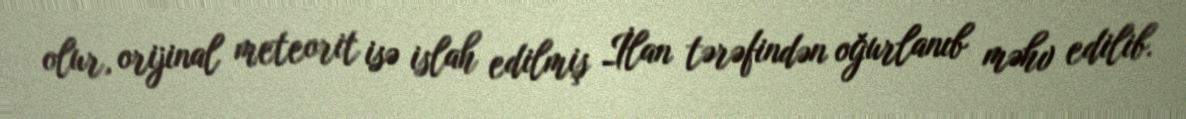
olur, orijinal meteorit isə islah edilmiş İlan tərəfindən oğurlanıb məhv edilib.